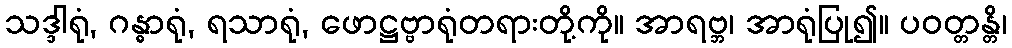
သဒ္ဒါရုံ, ဂန္ဓာရုံ, ရသာရုံ, ဖောဋ္ဌဗ္ဗာရုံတရားတို့ကို။ အာရဗ္ဘ၊ အာရုံပြု၍။ ပဝတ္တန္တိ၊